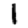
Digit: 1